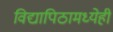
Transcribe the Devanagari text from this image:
विद्यापिठामध्येही